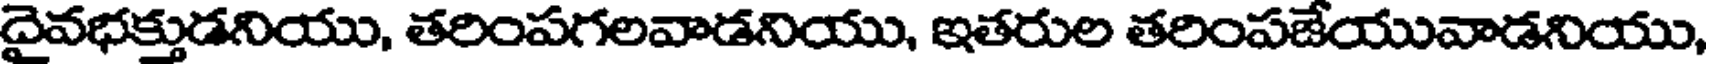
దైవభక్తుడనియు, తరింపగలవాడనియు, ఇతరుల తరింపజేయువాడనియు,